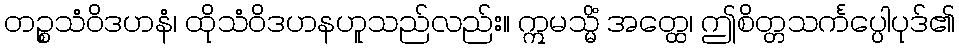
တဉ္စသံဝိဒဟနံ၊ ထိုသံဝိဒဟနဟူသည်လည်း။ ဣမသ္မိံ အတ္ထေ၊ ဤစိတ္တသင်္ကပ္ပေါပုဒ်၏